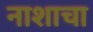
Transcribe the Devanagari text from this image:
नाशाचा